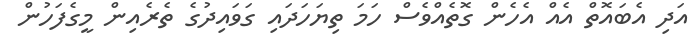
އަދި އެބައޮތް އެއް އެހެން ގޮތެއްވެސް ހަމަ ތިޔަހަދައި ގަވައިދުގެ ތެރެއިން މީގެފަހުން